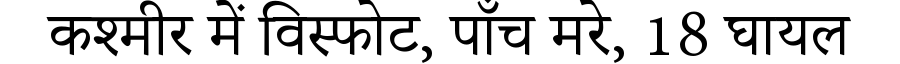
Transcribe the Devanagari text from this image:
कश्मीर में विस्फोट, पाँच मरे, 18 घायल